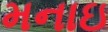
મનાઇ